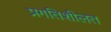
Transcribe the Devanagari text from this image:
प्रगतिशीलत